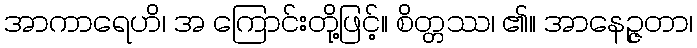
အာကာရေဟိ၊ အ ကြောင်းတို့ဖြင့်။ စိတ္တဿ၊ ၏။ အာနေဉ္ဇတာ၊